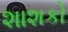
શાશકો